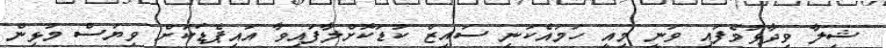
ޝިލާ ވިދާޅުވެފައި ވަނީ މިއީ ހަމައެކަނި ސައިޒް ކުޑަކޮށްލާފައިވާ އައިޕެޑަކަށް ވިޔަސް މުޅިން